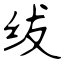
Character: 绂